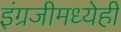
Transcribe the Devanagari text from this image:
इंग्रजीमध्येही